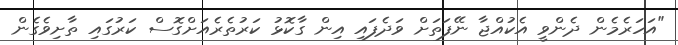
"އަހަރެމެން ދެންވީ އެކުއްޖާ ނޭފަތަށް ވަދެފައި އިން ގާކޮޅު ކަރުތެރެއަށްގޮސް ކަރުގައި ތާށިވެގެން